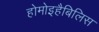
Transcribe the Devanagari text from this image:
होमोइहैबिलिस